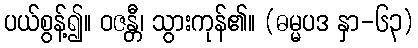
ပယ်စွန့်၍။ ဝဇန္တီ၊ သွားကုန်၏။ (ဓမ္မပဒ နှာ-၆၃)